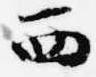
西